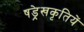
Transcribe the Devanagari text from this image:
षड्रेखकृतियें